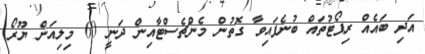
އަދި ބައެއް ރިޕޯޓުތައް ބުނެފައިވާ ގޮތުން މެންޗެސްޓާއިން ދަނީ 60 މިލިއަން ޔޫރޯ